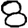
Digit: 8